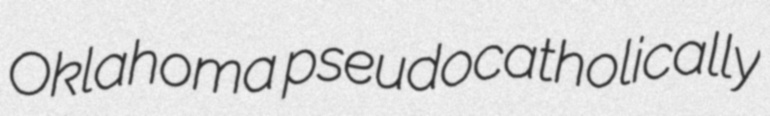
Oklahoma pseudocatholically